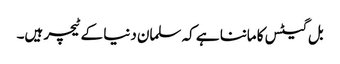
بل گیٹس کا ماننا ہے کہ سلمان دنیا کے ٹیچر ہیں۔